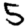
Digit: 5